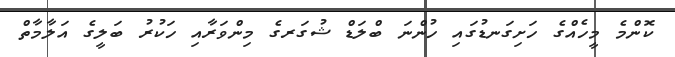
ކޮންމެ މީހެއްގެ ހަށިގަނޑުގައި ހުންނަ ބްލަޑް ޝުގަރގެ މިންވަރާއި ހަކުރު ބަލީގެ އަލާމާތް